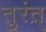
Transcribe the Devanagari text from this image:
तुरंत्